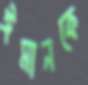
ঈমানকে